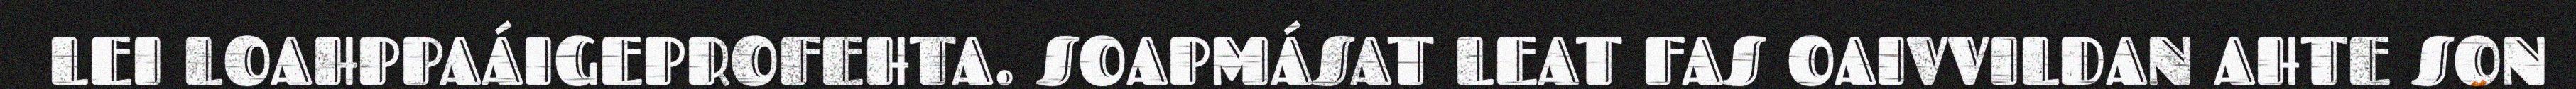
LEI LOAHPPAÁIGEPROFEHTA. SOAPMÁSAT LEAT FAS OAIVVILDAN AHTE SON